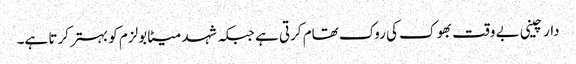
دار چینی بے وقت بھوک کی روک تھام کرتی ہے جبکہ شہد میٹابولزم کو بہتر کرتا ہے۔